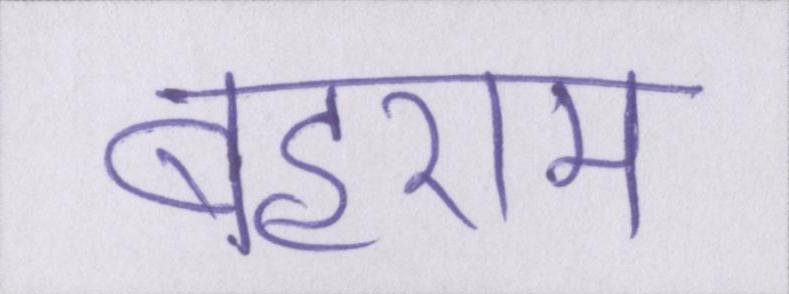
बहराम